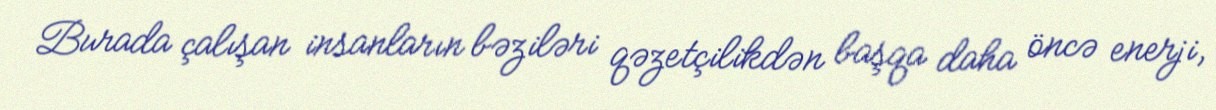
Burada çalışan insanların bəziləri qəzetçilikdən başqa daha öncə enerji,